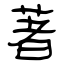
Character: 著